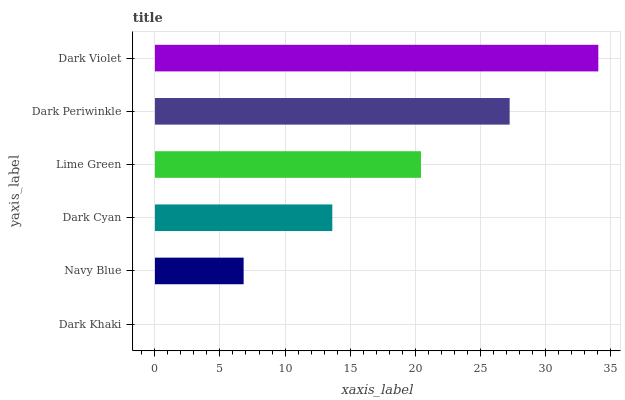
| yaxis_label | bars |
 | --- | --- |
 | Dark Khaki | 0 |
 | Navy Blue | 6.82 |
 | Dark Cyan | 13.6 |
 | Lime Green | 20.5 |
 | Dark Periwinkle | 27.3 |
 | Dark Violet | 34.1 |